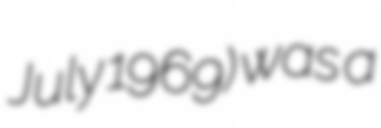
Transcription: July 1969) was a